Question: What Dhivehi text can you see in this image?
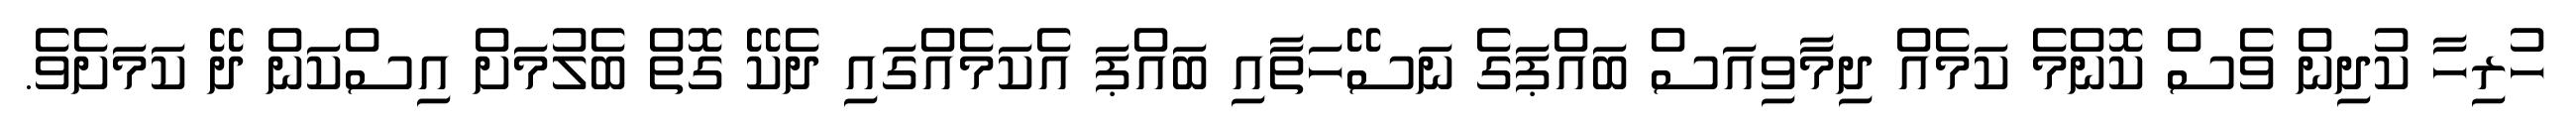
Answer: ހުރިހާ ކުދިން ވެސް ކޮންމެ ކަމެއް ދިމާވިއަސް ބައްޕަގެ ނަސޭހަތާއި ބައްޕަ އެކަމެއްގައި ދެކޭ ގޮތް ބެލުމަށް އިސްކަން ދޭ ކަމަށެވެ.